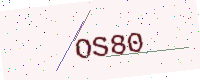
Text: OS80